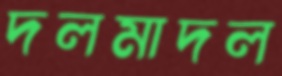
দলমাদল